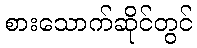
စားသောက်ဆိုင်တွင်